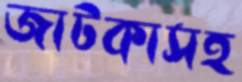
জাটকাসহ